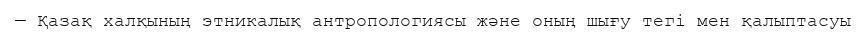
— Қазақ халқының этникалық антропологиясы және оның шығу тегі мен қалыптасуы